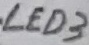
Text: LED3